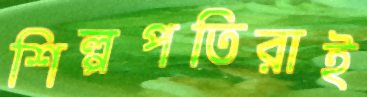
শিল্পপতিরাই